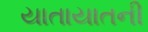
યાતાયાતની